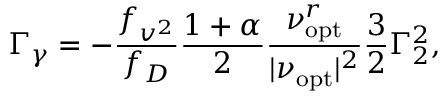
\Gamma _ { \gamma } = - \frac { f _ { v ^ { 2 } } } { f _ { D } } \frac { 1 + \alpha } { 2 } \frac { \nu _ { \mathrm { o p t } } ^ { r } } { | \nu _ { \mathrm { o p t } } | ^ { 2 } } \frac { 3 } { 2 } \Gamma _ { 2 } ^ { 2 } ,